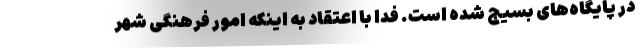
در پایگاه‌های بسیج شده است. فدا با اعتقاد به اینکه امور فرهنگی شهر